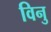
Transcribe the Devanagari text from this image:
विनु